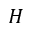
{ \cal H }